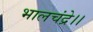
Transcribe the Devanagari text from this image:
भालचंद्रे।।